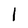
Character: l